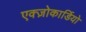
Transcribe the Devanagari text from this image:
एक्ज़ोकार्डियो